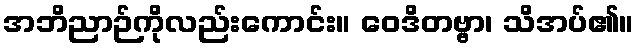
အဘိညာဉ်ကိုလည်းကောင်း။ ဝေဒိတဗ္ဗာ၊ သိအပ်၏။